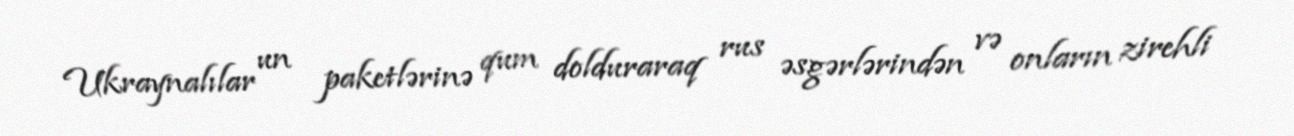
Ukraynalılar un paketlərinə qum dolduraraq rus əsgərlərindən və onların zirehli